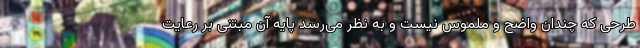
طرحی که چندان واضح و ملموس نیست و به نظر می‌رسد پایه آن مبتنی بر رعایت